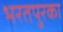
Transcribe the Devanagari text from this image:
भरतपुरका